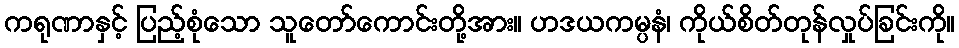
ကရုဏာနှင့် ပြည့်စုံသော သူတော်ကောင်းတို့အား။ ဟဒယကမ္ပနံ၊ ကိုယ်စိတ်တုန်လှုပ်ခြင်းကို။